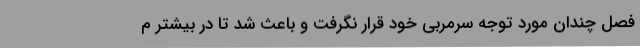
فصل چندان مورد توجه سرمربی خود قرار نگرفت و باعث شد تا در بیشتر م